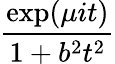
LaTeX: \frac{\exp(\mu it)}{1+b^{2}t^{2}}